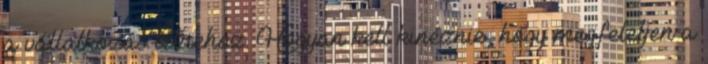
a vállalkozás létrehoz. Hogyan kell kinéznie, hogy megfeleljen a